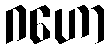
ဂဟော